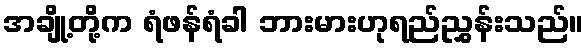
အချို့တို့က ရံဖန်ရံခါ ဘားမားဟုရည်ညွှန်းသည်။